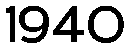
1940